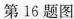
第16题图